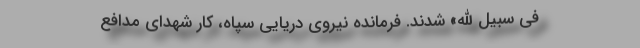
فِی سَبِیلِ اللَّهِ» شدند. فرمانده نیروی دریایی سپاه، کار شهدای مدافع